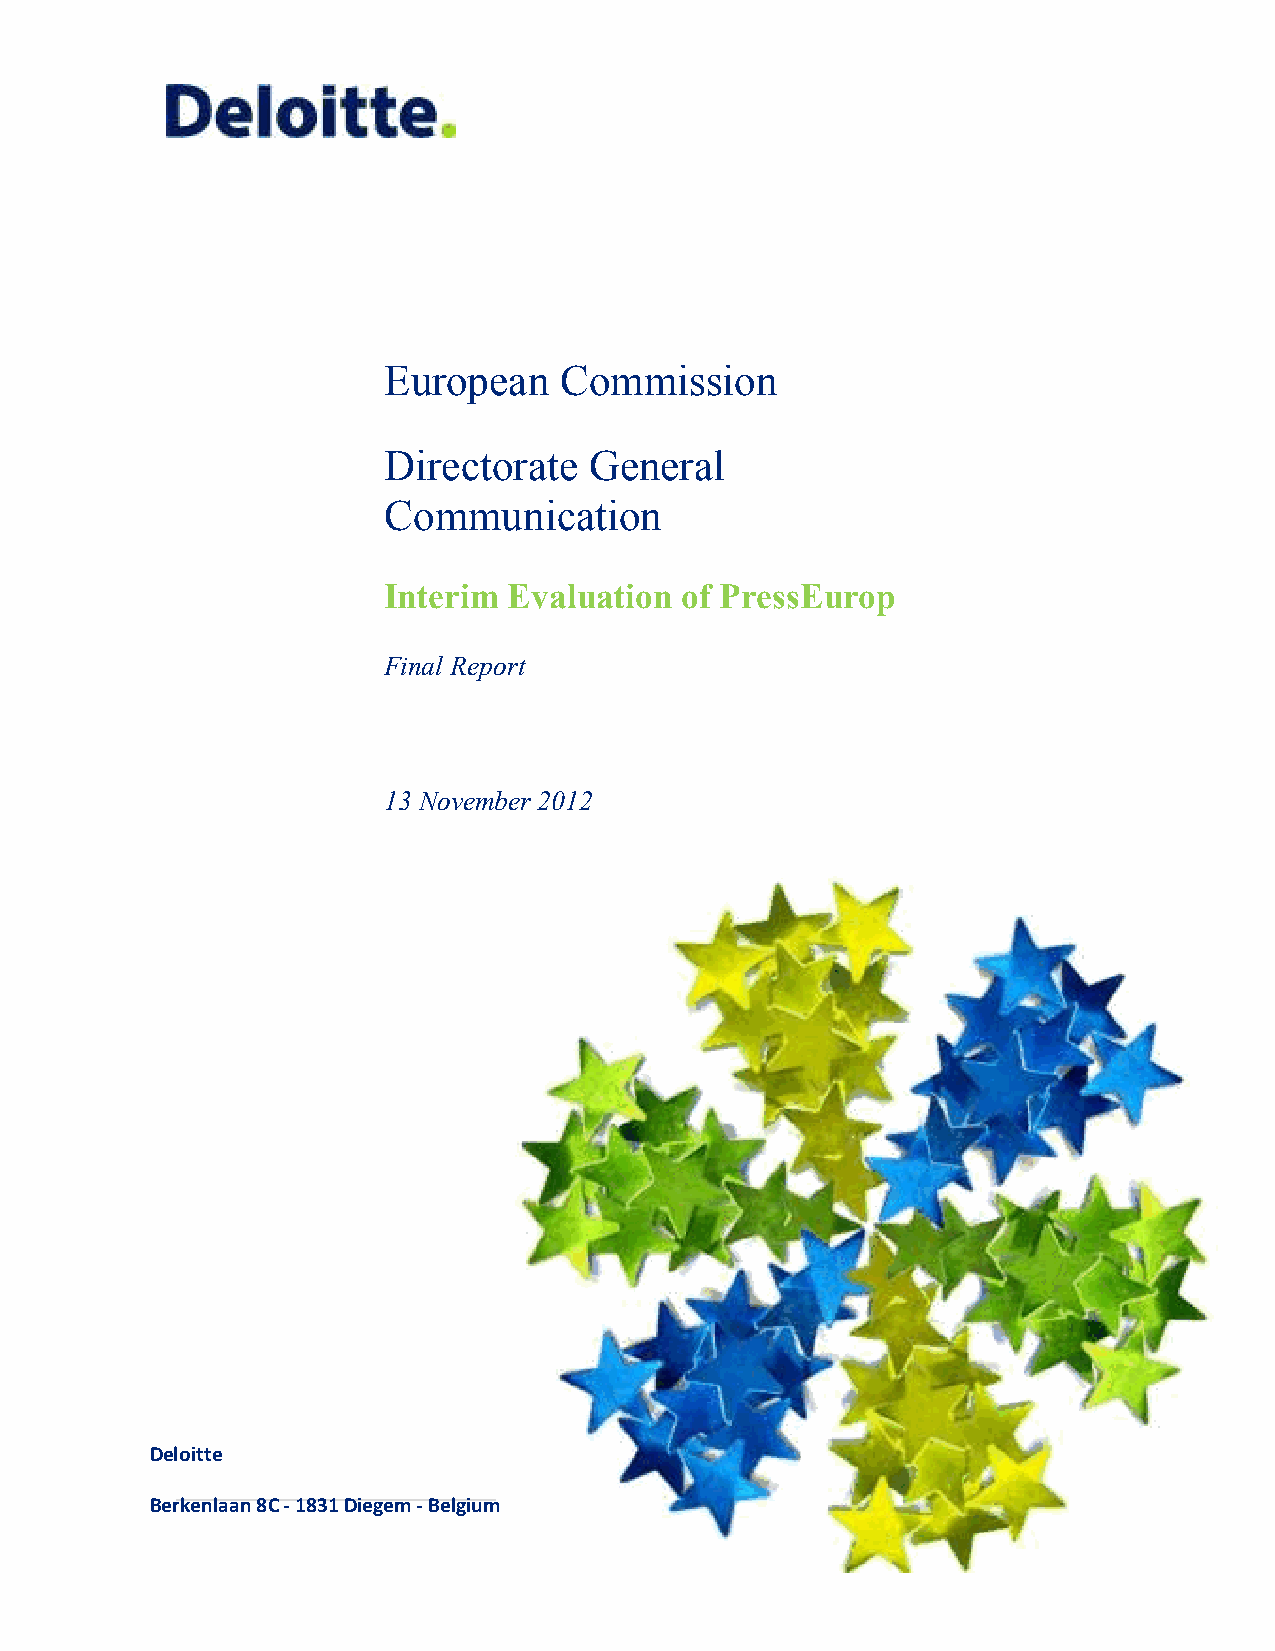
European    Commission
 Directorate   General
 Communication
 Interim  Evaluation of PressEurop
 Final Report
 13 November 2012
 Deloitte
 Berkenlaan 8C - 1831 Diegem - Belgium
 1 | Page